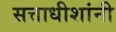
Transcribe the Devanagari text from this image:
सत्ताधीशांनी